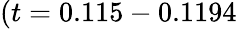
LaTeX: (t=0.115-0.1194